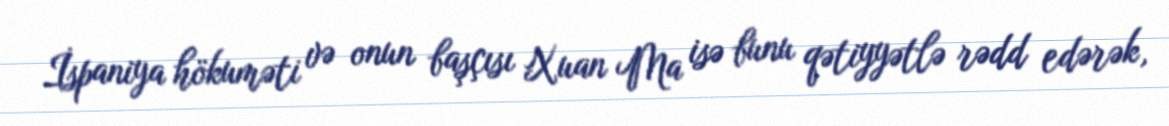
İspaniya hökuməti və onun başçısı Xuan Ma isə bunu qətiyyətlə rədd edərək,